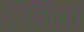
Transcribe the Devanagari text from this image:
शर्मिष्ठा।